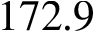
1 7 2 . 9